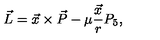
\vec { L } = \vec { x } \times \vec { P } - \mu \frac { \vec { x } } { r } P _ { 5 } ,